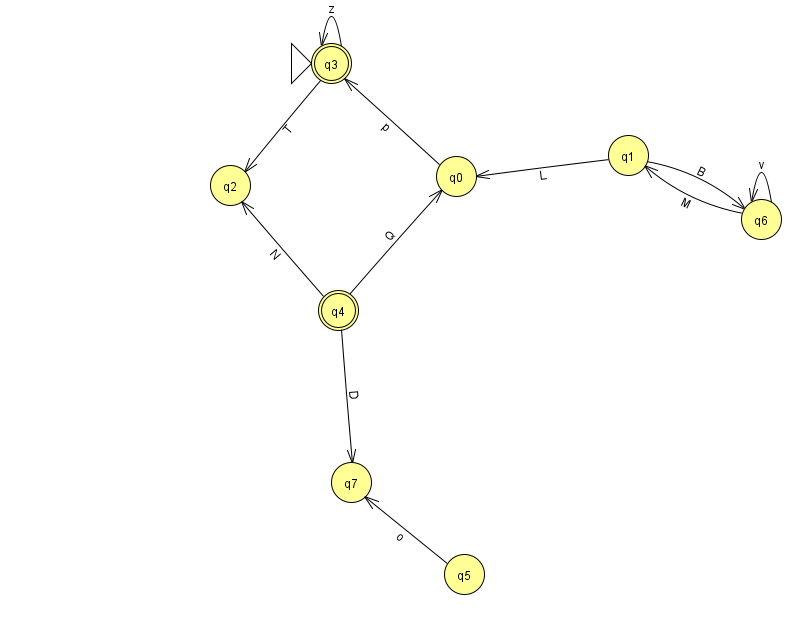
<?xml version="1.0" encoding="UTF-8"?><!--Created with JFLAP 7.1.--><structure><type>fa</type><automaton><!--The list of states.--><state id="0" name="q0"><x>456.0</x><y>163.0</y></state><state id="1" name="q1"><x>628.0</x><y>142.0</y></state><state id="2" name="q2"><x>230.0</x><y>172.0</y></state><state id="3" name="q3"><x>331.0</x><y>50.0</y><initial/><final/></state><state id="4" name="q4"><x>338.0</x><y>297.0</y><final/></state><state id="5" name="q5"><x>464.0</x><y>561.0</y></state><state id="6" name="q6"><x>761.0</x><y>206.0</y></state><state id="7" name="q7"><x>351.0</x><y>469.0</y></state><!--The list of transitions.--><transition><from>1</from><to>0</to><read>L</read></transition><transition><from>0</from><to>3</to><read>p</read></transition><transition><from>4</from><to>7</to><read>D</read></transition><transition><from>6</from><to>6</to><read>v</read></transition><transition><from>6</from><to>1</to><read>M</read></transition><transition><from>1</from><to>6</to><read>B</read></transition><transition><from>4</from><to>0</to><read>Q</read></transition><transition><from>5</from><to>7</to><read>o</read></transition><transition><from>3</from><to>3</to><read>z</read></transition><transition><from>3</from><to>2</to><read>T</read></transition><transition><from>4</from><to>2</to><read>N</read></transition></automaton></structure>